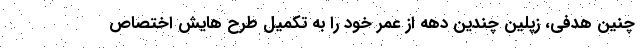
چنین هدفی، زپلین چندین دهه از عمر خود را به تکمیل طرح هایش اختصاص